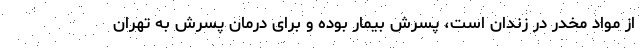
از مواد مخدر در زندان است، پسرش بیمار بوده و برای درمان پسرش به تهران